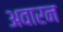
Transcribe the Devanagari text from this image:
अवारन